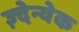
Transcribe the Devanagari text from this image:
ज़्देन्येक